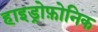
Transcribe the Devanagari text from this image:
हाइड्रोफ़ोनिक